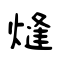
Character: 熢